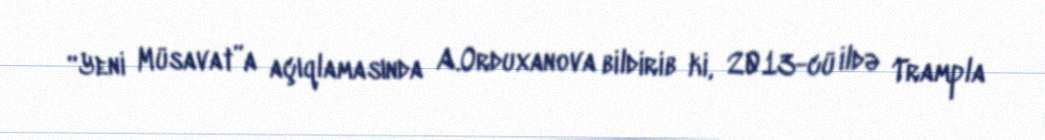
“Yeni Müsavat”a açıqlamasında A.Orduxanova bildirib ki, 2013-cü ildə Trampla